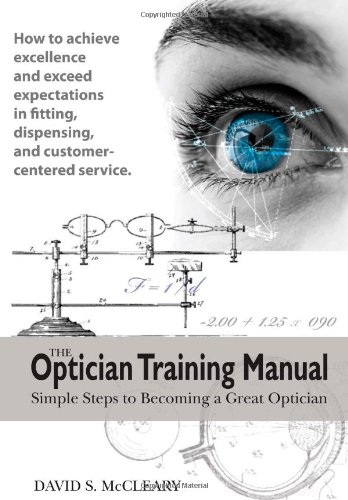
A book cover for The Optician Training Manual; David S. McCleary OD; Test Preparation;